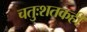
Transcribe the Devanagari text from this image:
चतुःशतकही